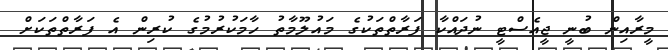
މީރާއިން ބުނީ ޖީއެސްޓީ ނުދައްކާ ފަރާތްތަކުގެ މައުލޫމާތު ހާމަކުރުމުގެ ކުރިން އެ ފަރާތްތަކަށް